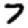
Digit: 7